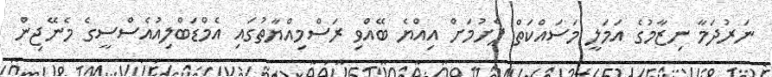
ނަރުދަމާ ނިޒާމުގެ އަމަލީ މަސައްކަތް ފެށުމަށް އިއްޔެ ބޭއްވި ރަސްމިއްޔާތުގައި އެމްޑަބްލިއުއެސްސީގެ މެނޭޖިން